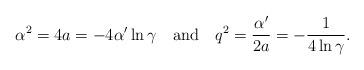
LaTeX: \begin{align*}\alpha^2=4a=-4\alpha'\ln \gamma ~~~\mbox {and}~~~q^2=\frac{\alpha'}{2a}=-\frac{1}{4\ln \gamma}.\end{align*}